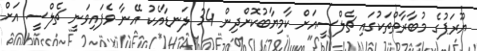
ޔޫރަޕުގެ މުބާރާތްތަކުގައި ޗެލްސީއަށް ކާމިޔާބުކޮށްދިން 34 ލަނޑާއެކު އޭނާ ވެފައިވަނީ ޗެލްސީ އަށް